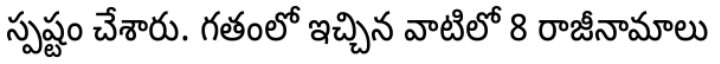
స్పష్టం చేశారు. గతంలో ఇచ్చిన వాటిలో 8 రాజీనామాలు